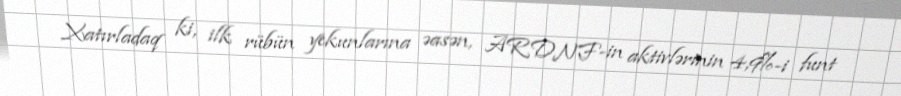
Xatırladaq ki, ilk rübün yekunlarına əasən, ARDNF-in aktivlərinin 4,9%-i funt